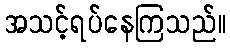
အသင့်ရပ်နေကြသည်။